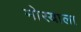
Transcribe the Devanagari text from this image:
मोरयाला